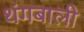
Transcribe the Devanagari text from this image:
थंगबाली